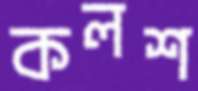
কলশ